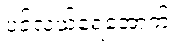
ပင်လယ်ရေအောက်